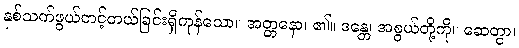
နှစ်သက်ဖွယ်တင့်တယ်ခြင်းရှိကုန်သော။ အတ္တနော၊ ၏။ ဒန္တေ၊ အစွယ်တို့ကို။ ဆေတွာ၊